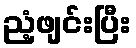
ညံ့ဖျင်းပြီး